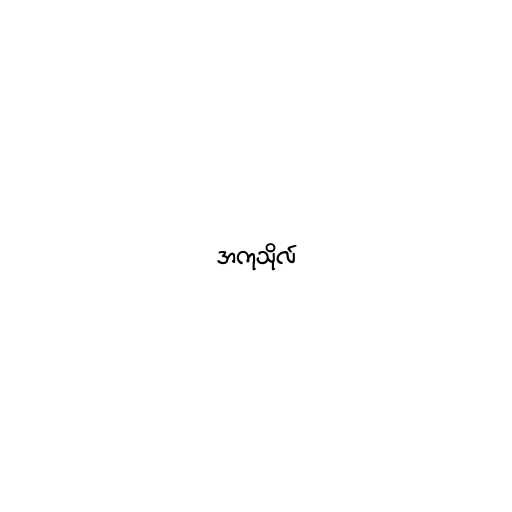
အကုသိုလ်